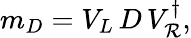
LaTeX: m_{D}=V_{L}\, D\, V_{\mathcal{R}}^{\dagger},